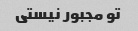
تو مجبور نیستی